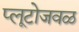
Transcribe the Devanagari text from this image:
प्लूटोजवळ